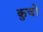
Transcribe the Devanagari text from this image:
कुचों